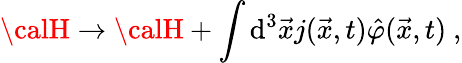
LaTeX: {\calH}\rightarrow{\calH}+\int\mathrm{d}^{3}{\vec{{x}}}j({\vec{{x}}},t){\hat{{\varphi}}}{(\vec{{x}}},t)\ ,